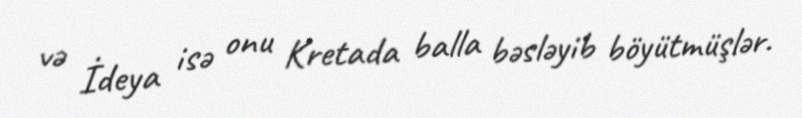
və İdeya isə onu Kretada balla bəsləyib böyütmüşlər.